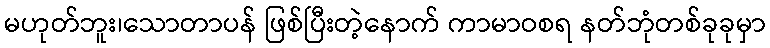
မဟုတ်ဘူး၊သောတာပန် ဖြစ်ပြီးတဲ့နောက် ကာမာဝစရ နတ်ဘုံတစ်ခုခုမှာ